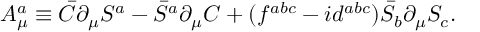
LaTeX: A _ { \mu } ^ { a } \equiv \bar { C } \partial _ { \mu } S ^ { a } - \bar { S } ^ { a } \partial _ { \mu } C + ( { f } ^ { a b c } - i { d } ^ { a b c } ) \bar { S } _ { b } \partial _ { \mu } { S } _ { c } .